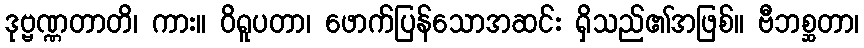
ဒုဗ္ဗဏ္ဏတာတိ၊ ကား။ ဝိရူပတာ၊ ဖောက်ပြန်သောအဆင်း ရှိသည်၏အဖြစ်။ ဗီဘစ္ဆတာ၊